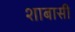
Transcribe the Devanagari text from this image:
शाबासी